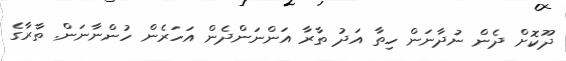
ދޫކޮށް ދެން ނުދާނަން ހިތާ އަދު ތާރާ އަންނަންދެން އަހަރެން ހުންނާނަން. ތާރާގެ